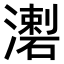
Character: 𤀦